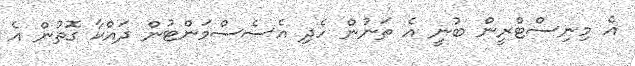
އެ މިނިސްޓްރީން ބުނީ އެ ތަނުން ހެދި އެސެސްމަންޓުން ދައްކާ ގޮތުން އެ